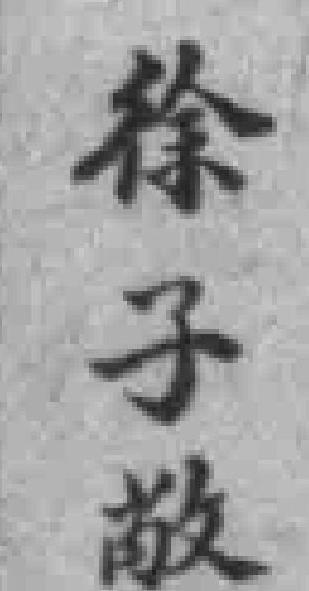
徐子敞